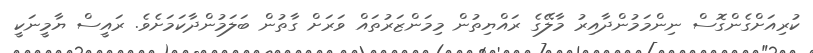
ކުރިއަށްގެންގޮސް ނިންމަމުންދާއިރު މާލޭގެ ރައްޔިތުން މިމަންޒަރުތައް ވަރަށް ގާތުން ބަލަމުންދާކަމަށެވެ. ރައީސް ޔާމީނަކީ